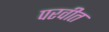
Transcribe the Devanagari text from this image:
परवीत